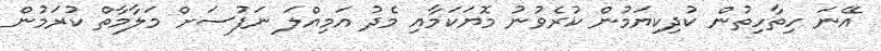
އޭނަ ހިތާހިތުން ކުދިކިޔަމުން ކުރެވުނު މޮޔަކަމާއި މެދު އަމިއްލަ ނަފުސަށް މަލާމާތް ކުރަމުން